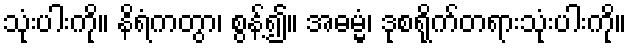
သုံးပါးကို။ နိရံကတွာ၊ စွန့်၍။ အဓမ္မံ၊ ဒုစရိုက်တရားသုံးပါးကို။